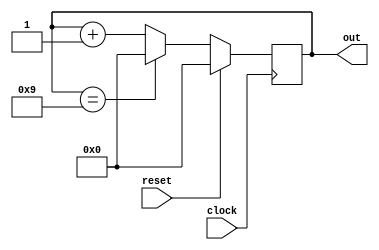
module Up_Counter(clock,reset,out);
input clock, reset;
output [3:0] out;
reg [3:0] out;

always @(posedge clock)
begin
      if (reset)
      begin
            out = 4'd0;
      end

      else if (out == 4'd9)
      begin
            out = 4'd0;
      end
      
      else
      begin
            out = out + 1'd1;
      end
end

endmodule